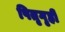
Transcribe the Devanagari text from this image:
पितृगृही